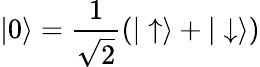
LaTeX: |0\rangle=\frac{1}{\sqrt{2}}(|\uparrow\rangle+|\downarrow\rangle)